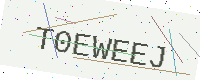
Text: T0EWEEJ